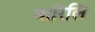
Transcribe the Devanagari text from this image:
मारिलि